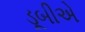
ડૂબીએ